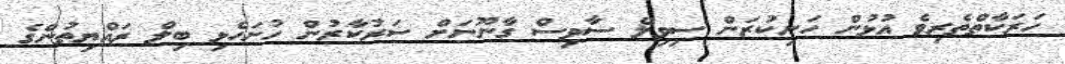
ހަރަކާތްތެރިވެ އުޅުން ހަނިކުރަން ސިވިލް ސާވިސް ގާނޫނަށް ސަރުކާރުން ހުށަހެޅި ބިލް ރައްޔިތުންގެ